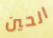
الحين